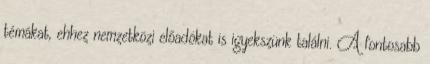
témákat, ehhez nemzetközi előadókat is igyekszünk találni. A fontosabb